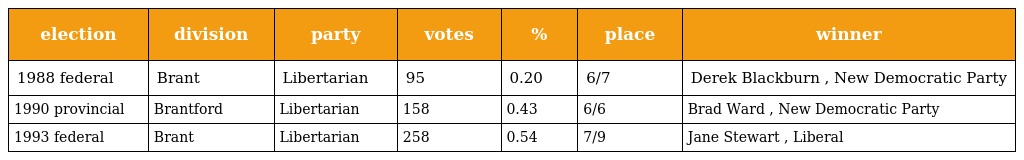
| election | division | party | votes | % | place | winner |
 | --- | --- | --- | --- | --- | --- | --- |
 | 1988 federal | Brant | Libertarian | 95 | 0.20 | 6/7 | Derek Blackburn , New Democratic Party |
 | 1990 provincial | Brantford | Libertarian | 158 | 0.43 | 6/6 | Brad Ward , New Democratic Party |
 | 1993 federal | Brant | Libertarian | 258 | 0.54 | 7/9 | Jane Stewart , Liberal |